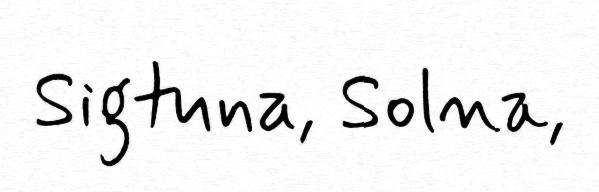
Sigtuna, Solna,